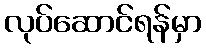
လုပ်ဆောင်ရန်မှာ